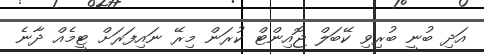
އަދި ބުނީ ބުރިވި ކޭބަލް ޖޮއިންޓް ކުރަން މިރޭ ނައިފަރަށް ޓީމެއް ދާނެ